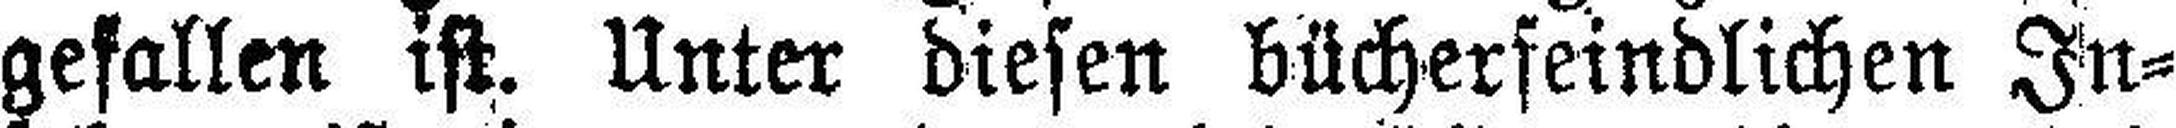
gefallen ist. Unter diesen bücherfeindlichen In¬